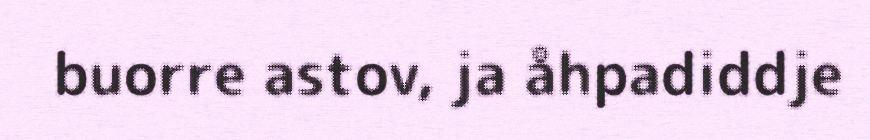
buorre astov, ja åhpadiddje